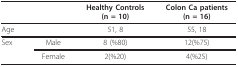
<table><thead><tr><td></td><td></td><td><b>Healthy Controls(n = 10)</b></td><td><b>Colon Ca patients(n = 16)</b></td></tr></thead><tbody><tr><td colspan="2">Age</td><td>51, 8</td><td>55, 18</td></tr><tr><td>Sex</td><td>Male</td><td>8 (%80)</td><td>12(%75)</td></tr><tr><td></td><td>Female</td><td>2(%20)</td><td>4(%25)</td></tr></tbody></table>